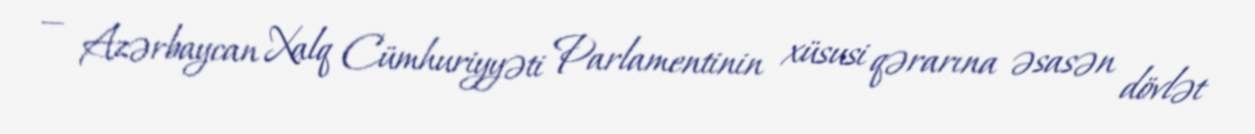
— Azərbaycan Xalq Cümhuriyyəti Parlamentinin xüsusi qərarına əsasən dövlət